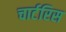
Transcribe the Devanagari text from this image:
चार्टरिस